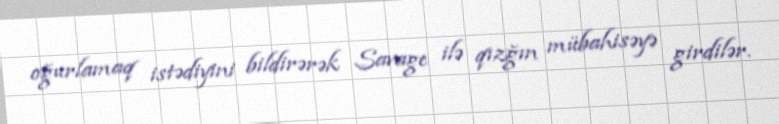
oğurlamaq istədiyini bildirərək Savage ilə qızğın mübahisəyə girdilər.